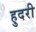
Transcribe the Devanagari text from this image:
हुदरी